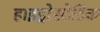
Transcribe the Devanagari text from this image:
हाइड्रोस्टेटिक